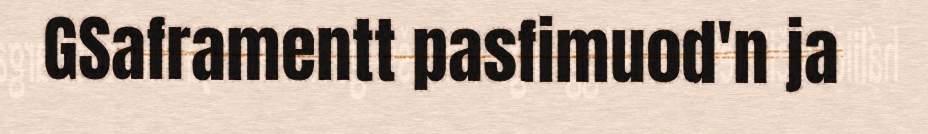
GSaframentt pasfimuod'n ja